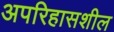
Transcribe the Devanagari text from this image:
अपरिहासशील